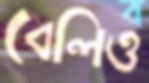
বেলিও